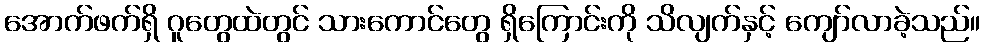
အောက်ဖက်ရှိ ဂူတွေထဲတွင် သားကောင်တွေ ရှိကြောင်းကို သိလျက်နှင့် ကျော်လာခဲ့သည်။